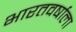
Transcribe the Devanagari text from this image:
भारतवर्षाला